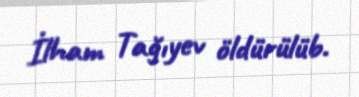
İlham Tağıyev öldürülüb.